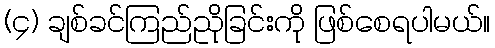
(၄) ချစ်ခင်ကြည်ညိုခြင်းကို ဖြစ်စေရပါမယ်။